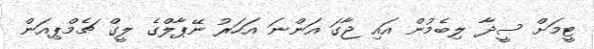
ޓީމަށް ސީދާ ލިބެމުން އައި ޖާގަ އަންނަ އަހަރު ނޭޕާލްގެ ލީގް ޗެމްޕިއަން